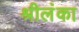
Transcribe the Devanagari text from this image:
श्रीलंंका